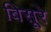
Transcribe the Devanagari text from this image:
बिसूरे